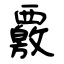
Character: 覈